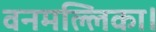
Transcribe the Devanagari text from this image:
वनमल्लिका।